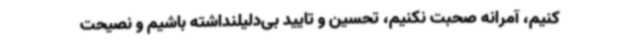
کنیم، آمرانه صحبت نکنیم، تحسین و تایید بی‌دلیلنداشته باشیم و نصیحت